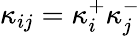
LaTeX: \kappa_{ij}=\kappa_{i}^{+}\kappa_{j}^{-}